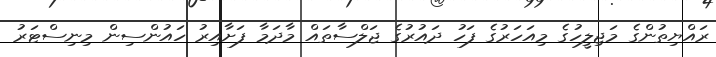
ރައްޔިތުންގެ މަޖިލީހުގެ މިއަހަރުގެ ފަހު ދައުރުގެ ޖަލްސާތައް މާދަމާ ފަށާއިރު ހައުންސިން މިނިސްޓަރު